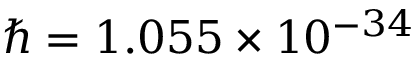
\hbar = 1 . 0 5 5 \times 1 0 ^ { - 3 4 }